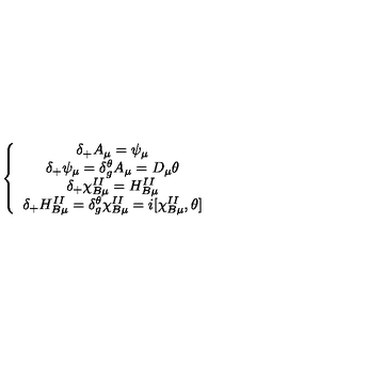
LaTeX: \left\{ \begin{array} { c } { \delta _ { + } A _ { \mu } = \psi _ { \mu } } \\ { \delta _ { + } \psi _ { \mu } = \delta _ { g } ^ { \theta } A _ { \mu } = D _ { \mu } \theta } \\ { \delta _ { + } \chi _ { B \mu } ^ { I I } = H _ { B \mu } ^ { I I } } \\ { \delta _ { + } H _ { B \mu } ^ { I I } = \delta _ { g } ^ { \theta } \chi _ { B \mu } ^ { I I } = i [ \chi _ { B \mu } ^ { I I } , \theta ] } \\ \end{array} \right.